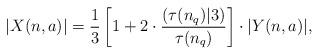
LaTeX: \begin{align*} |X(n,a)| = \frac13\left[1+2\cdot\frac{(\tau(n_q)|3)}{\tau(n_q)}\right]\cdot|Y(n,a)|, \end{align*}